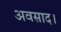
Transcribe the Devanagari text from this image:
अवसाद।